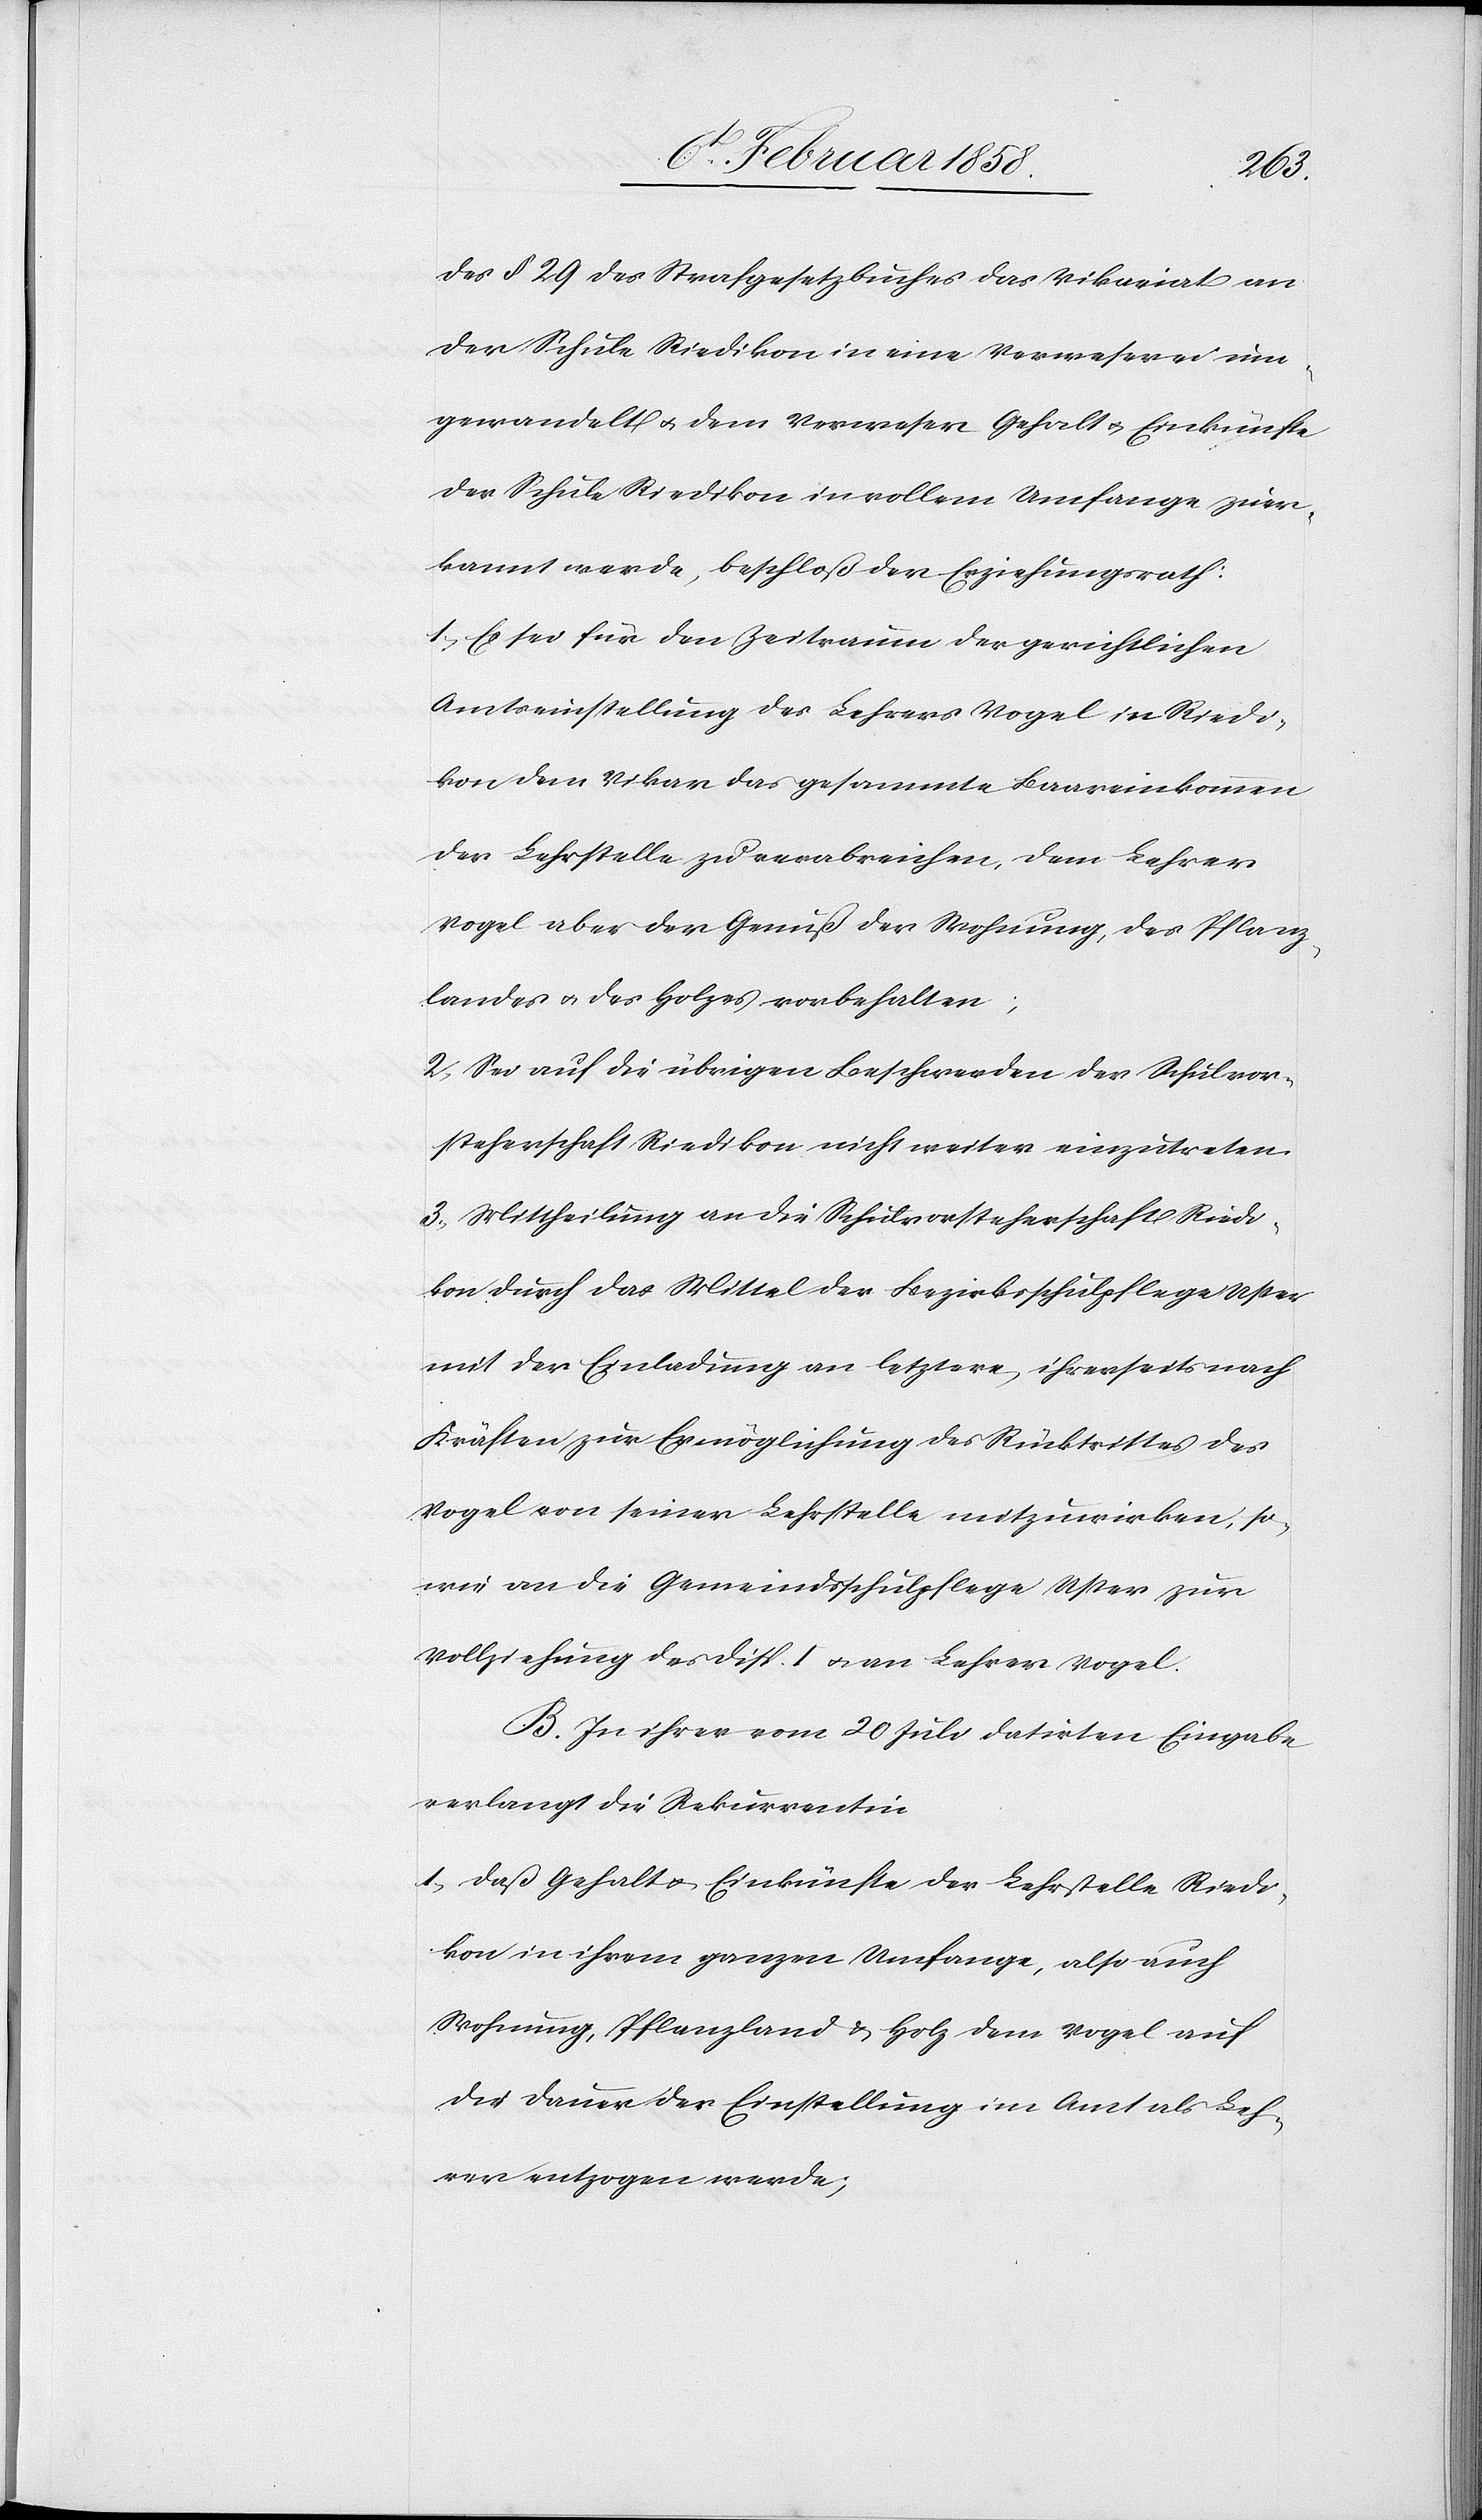
des § 29 des Strafgesetzbuches das Vikariat an
der Schule Riedikon in eine Verweserei um¬
gewandelt u. dem Verweser Gehalt u. Einkünfte
der Schule Riedikon in vollem Umfange zuer¬
kannt werde, beschloß der Erziehungsrath:
1. Es sei für den Zeitraum der gerichtlichen
Amtseinstellung des Lehrers Vogel in Riedi¬
kon dem Vikar das gesammte Baareinkommen
der Lehrstelle zu verabreichen, dem Lehrer
Vogel aber der Genuß der Wohnung, des Pflanz¬
landes u. des Holzes vorbehalten;
2. Sei auf die übrigen Beschwerden der Schulvor¬
steherschaft Riedikon nicht weiter einzutreten.
3. Mittheilung an die Schulvorsteherschaft Riedi¬
kon durch das Mittel der Bezirksschulpflege Uster
mit der Einladung an letztere, ihrerseits nach
Kräften zur Ermöglichung des Rücktrittes des
Vogel von seiner Lehrstelle mitzuwirken, so¬
wie an die Gemeindsschulpflege Uster zur
Vollziehung des Disp. I u. an Lehrer Vogel.
B. In ihrer vom 20 Juli datirten Eingabe
verlangt die Rekurrentin
1. daß Gehalt u. Einkünfte der Lehrstelle Riedi¬
kon in ihrem ganzen Umfange, also auch
Wohnung, Pflanzland u. Holz dem Vogel auf
die Dauer der Einstellung im Amt als Leh¬
rer entzogen werde;